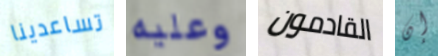
تساعدينا وعليه القادمون إن